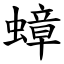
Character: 蟑